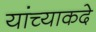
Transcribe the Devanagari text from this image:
यांच्याकदे